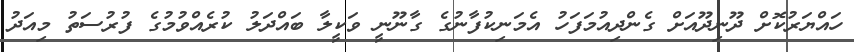
ހައްޔަރުކޮށް ދޫނިދޫއަށް ގެންދިއުމަފަހު އެމަނިކުފާނުގެ ގާނޫނީ ވަކީލާ ބައްދަލު ކުރެއްވުމުގެ ފުރުސަތު މިއަދު